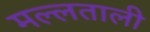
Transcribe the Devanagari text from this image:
मल्लताली